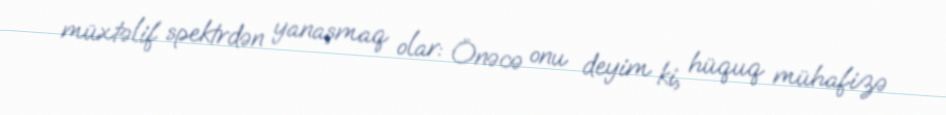
müxtəlif spektrdən yanaşmaq olar: Önəcə onu deyim ki, hüquq mühafizə